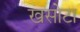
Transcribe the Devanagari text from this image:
खसोटा